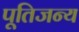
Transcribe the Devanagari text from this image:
पूतिजन्य